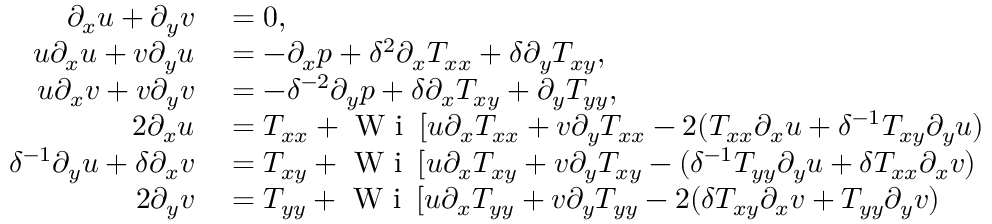
\begin{array} { r l } { \partial _ { x } u + \partial _ { y } v } & { { } = 0 , } \\ { u \partial _ { x } u + v \partial _ { y } u } & { { } = - \partial _ { x } p + \delta ^ { 2 } \partial _ { x } T _ { x x } + \delta \partial _ { y } T _ { x y } , } \\ { u \partial _ { x } v + v \partial _ { y } v } & { { } = - \delta ^ { - 2 } \partial _ { y } p + \delta \partial _ { x } T _ { x y } + \partial _ { y } T _ { y y } , } \\ { 2 \partial _ { x } u } & { { } = T _ { x x } + \textrm { W i } \, [ u \partial _ { x } T _ { x x } + v \partial _ { y } T _ { x x } - 2 ( T _ { x x } \partial _ { x } u + \delta ^ { - 1 } T _ { x y } \partial _ { y } u ) } \\ { \delta ^ { - 1 } \partial _ { y } u + \delta \partial _ { x } v } & { { } = T _ { x y } + \textrm { W i } \, [ u \partial _ { x } T _ { x y } + v \partial _ { y } T _ { x y } - ( \delta ^ { - 1 } T _ { y y } \partial _ { y } u + \delta T _ { x x } \partial _ { x } v ) } \\ { 2 \partial _ { y } v } & { { } = T _ { y y } + \textrm { W i } \, [ u \partial _ { x } T _ { y y } + v \partial _ { y } T _ { y y } - 2 ( \delta T _ { x y } \partial _ { x } v + T _ { y y } \partial _ { y } v ) } \end{array}